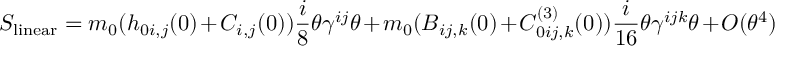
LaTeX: S _ { \mathrm { l i n e a r } } = m _ { 0 } ( h _ { 0 i , j } ( 0 ) + C _ { i , j } ( 0 ) ) { \frac { i } { 8 } } \theta \gamma ^ { i j } \theta + m _ { 0 } ( B _ { i j , k } ( 0 ) + C _ { 0 i j , k } ^ { ( 3 ) } ( 0 ) ) { \frac { i } { 1 6 } } \theta \gamma ^ { i j k } \theta + { \cal O } ( \theta ^ { 4 } )